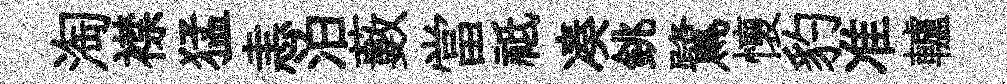
淘襟猛恚泊藪當祗凑銚鷺懷豹准轤